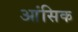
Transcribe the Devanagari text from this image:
आंसिक